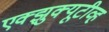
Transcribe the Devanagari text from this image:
एक्झुक्यूटीव्ह